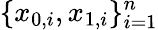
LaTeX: \{ x_{0,i},x_{1,i}\} _{i=1}^{n}